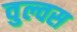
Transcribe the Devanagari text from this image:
वुल्वस